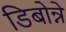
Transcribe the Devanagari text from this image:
डिबोन्ने